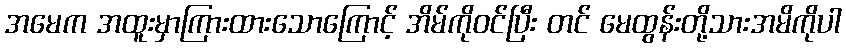
အမေက အထူးမှာကြားထားသောကြောင့် အိမ်ကိုဝင်ပြီး တင် မေထွန်းတို့သားအမိကိုပါ